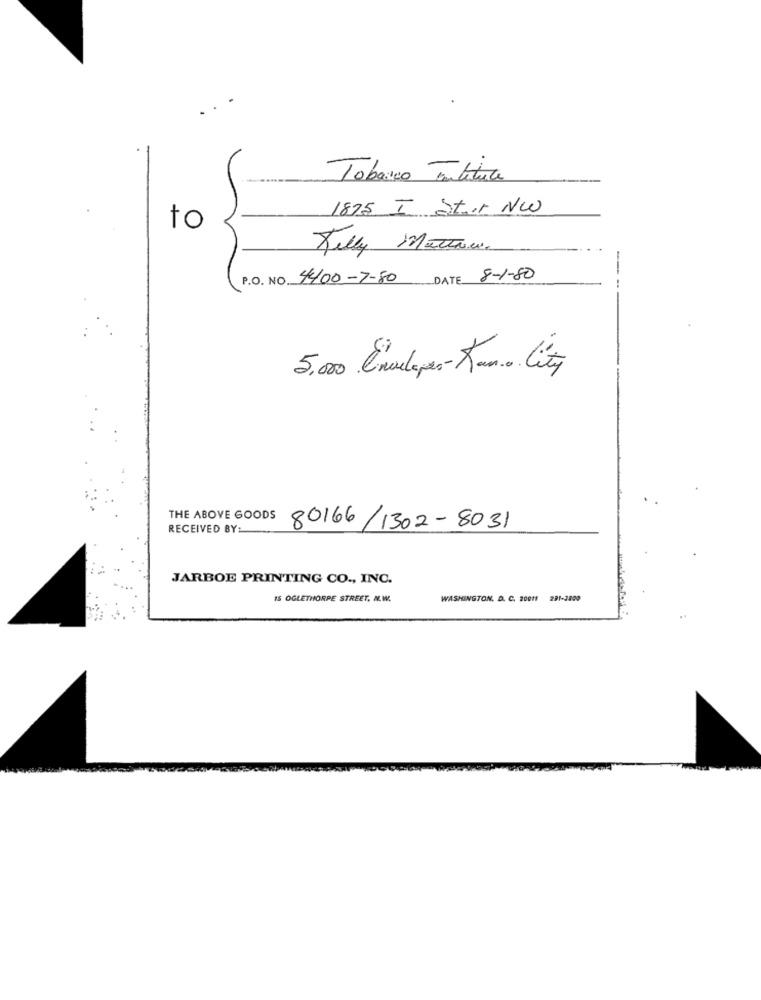
Tobaixo Tubitua
1875 I Stir. Nw
to
Kelly Mattaw.
P.O. NO. 4400-7-80
DATE 8-1-80
5,000 Envelopes-Roma City
THE ABOVE GOODS
RECEIVED BY:
80166/1302-8031
JARBOE PRINTING CO ., INC.
15 OGLETHORPE STREET, N.W.
WASHINGTON, D. C. 20011 291-2800